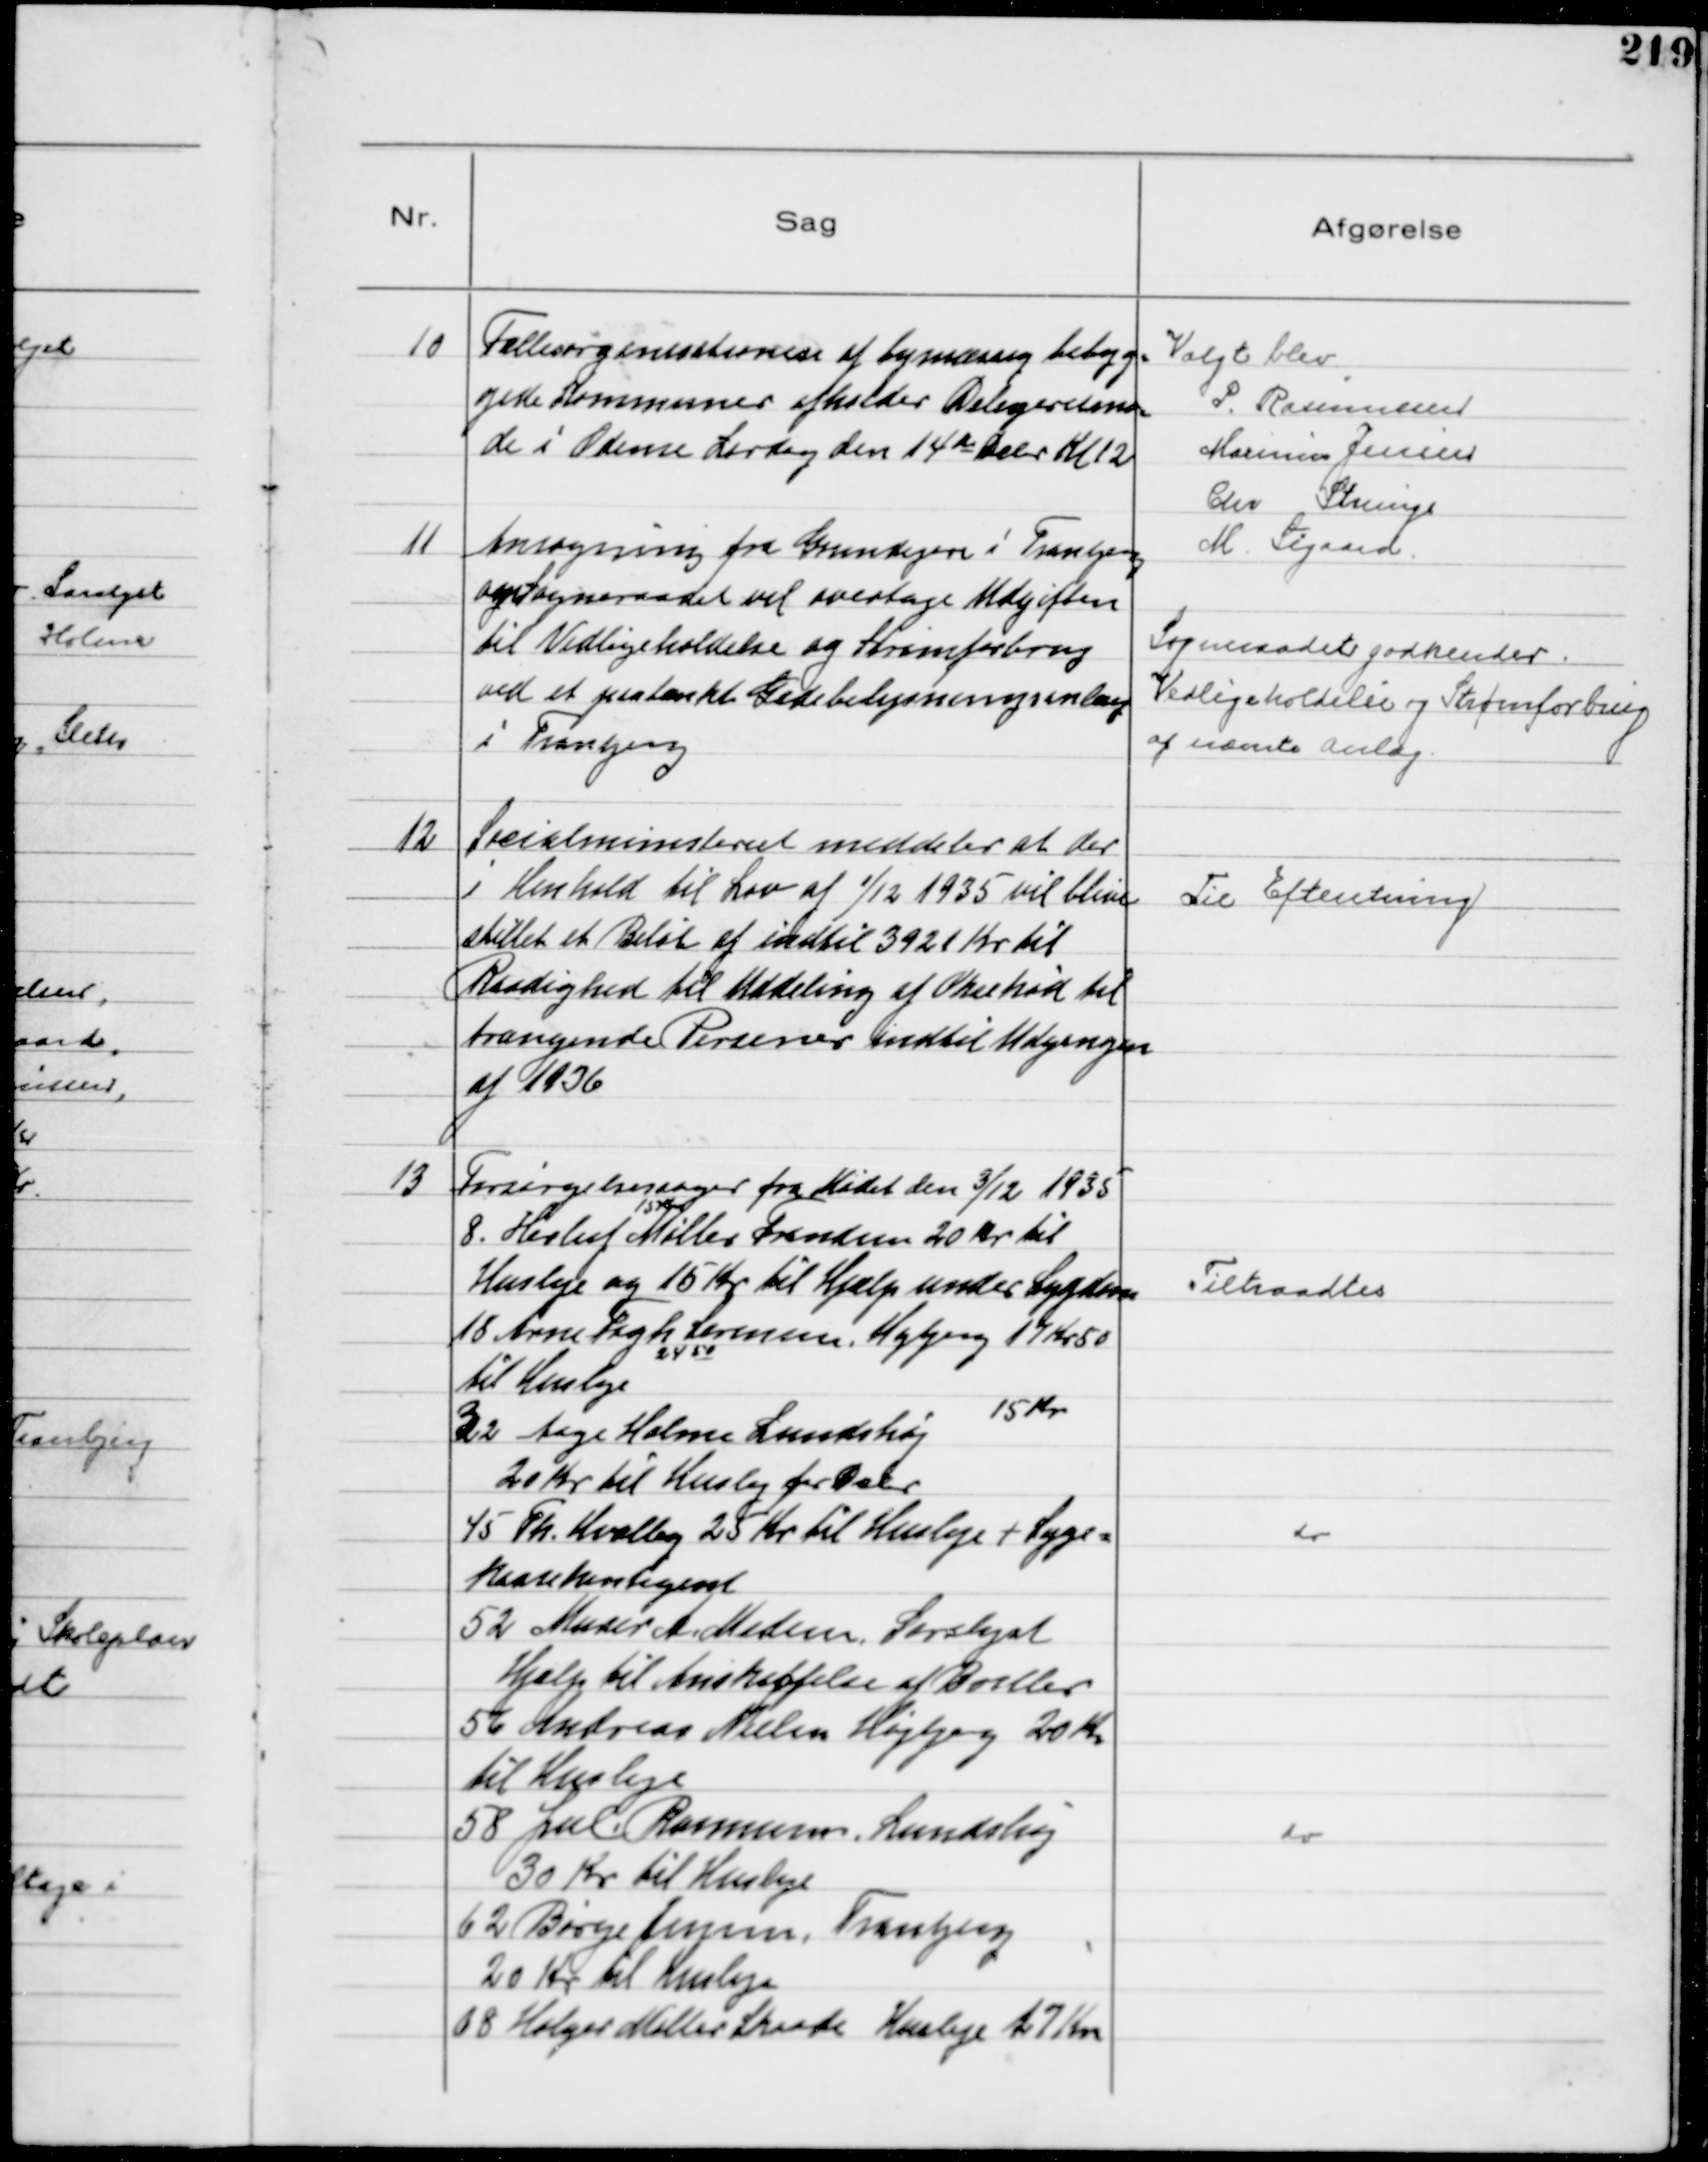
Transskription:
10
Fællesorganisationen af bymæssig bebyg-
gede Kommuner afholder Delegeretmø-
de i Odense Lørdag den 14de Dcbr Kl 12

Valgt blev
P. Rasmussen
Marinus Jensen
Chr Strunge
M. Sigaard

11
Ansøgning fra Grundejere i Tranbjerg
om Sogneraadet vil overtage Udgiften
til Vedligeholdelse og Strømforbrug
ved et paatænkt Gadebelysningsanlæg
i Tranbjerg

Sogneraadet godkender
Vedligeholdelse og Strømforbrug
af nævnte Anlæg

12
Socialministeriet meddeler at der
i Henhold til Lov af 1/12 1935 vil blive
stillet et Beløb af indtil 3921 Kr til
Raadighed til Uddeling af Oksekød til
trængende Personer indtil Udgangen
af 1936

Til Efteretning

13
Forsørgelsessager fra Mødet den 3/12 1935
15 Kr
8. Herluf Møller Frandsen 20 Kr til
Husleje og 15 Kr til Hjælp under Sygdom
18 Arne Fogh Lorensen, Højbjerg 17 Kr 50
til Husleje 24 50
32 Aage Holme Lundshøj 15 Kr
20 Kr til Husleje for Dcbr
45 Th. Hvalby 25 Kr til Husleje + Syge-
kassekontigent
52 Murer A. Madsen, Saralyst
Hjælp til Anskaffelse af Briller
56 Andreas Nielsen Højbjerg 20 Kr
til Husleje
58 Jul. Rasmussen, Lundshøj
30 Kr til Husleje
62 Børge Jensen, Tranbjerg
20 Kr til Husleje
68 Holger Møller Skaade Husleje 27 Kr

Tiltraadtes
do
do